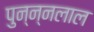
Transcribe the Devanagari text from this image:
पुन्न्नलाल